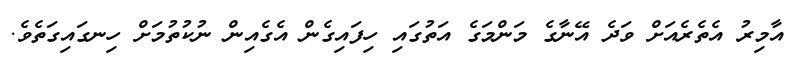
އާމިރު އެތެރެއަށް ވަދެ އޭނާގެ މަންމަގެ އަތުގައި ހިފައިގެން އެގެއިން ނުކުތުމަށް ހިނގައިގަތެވެ.